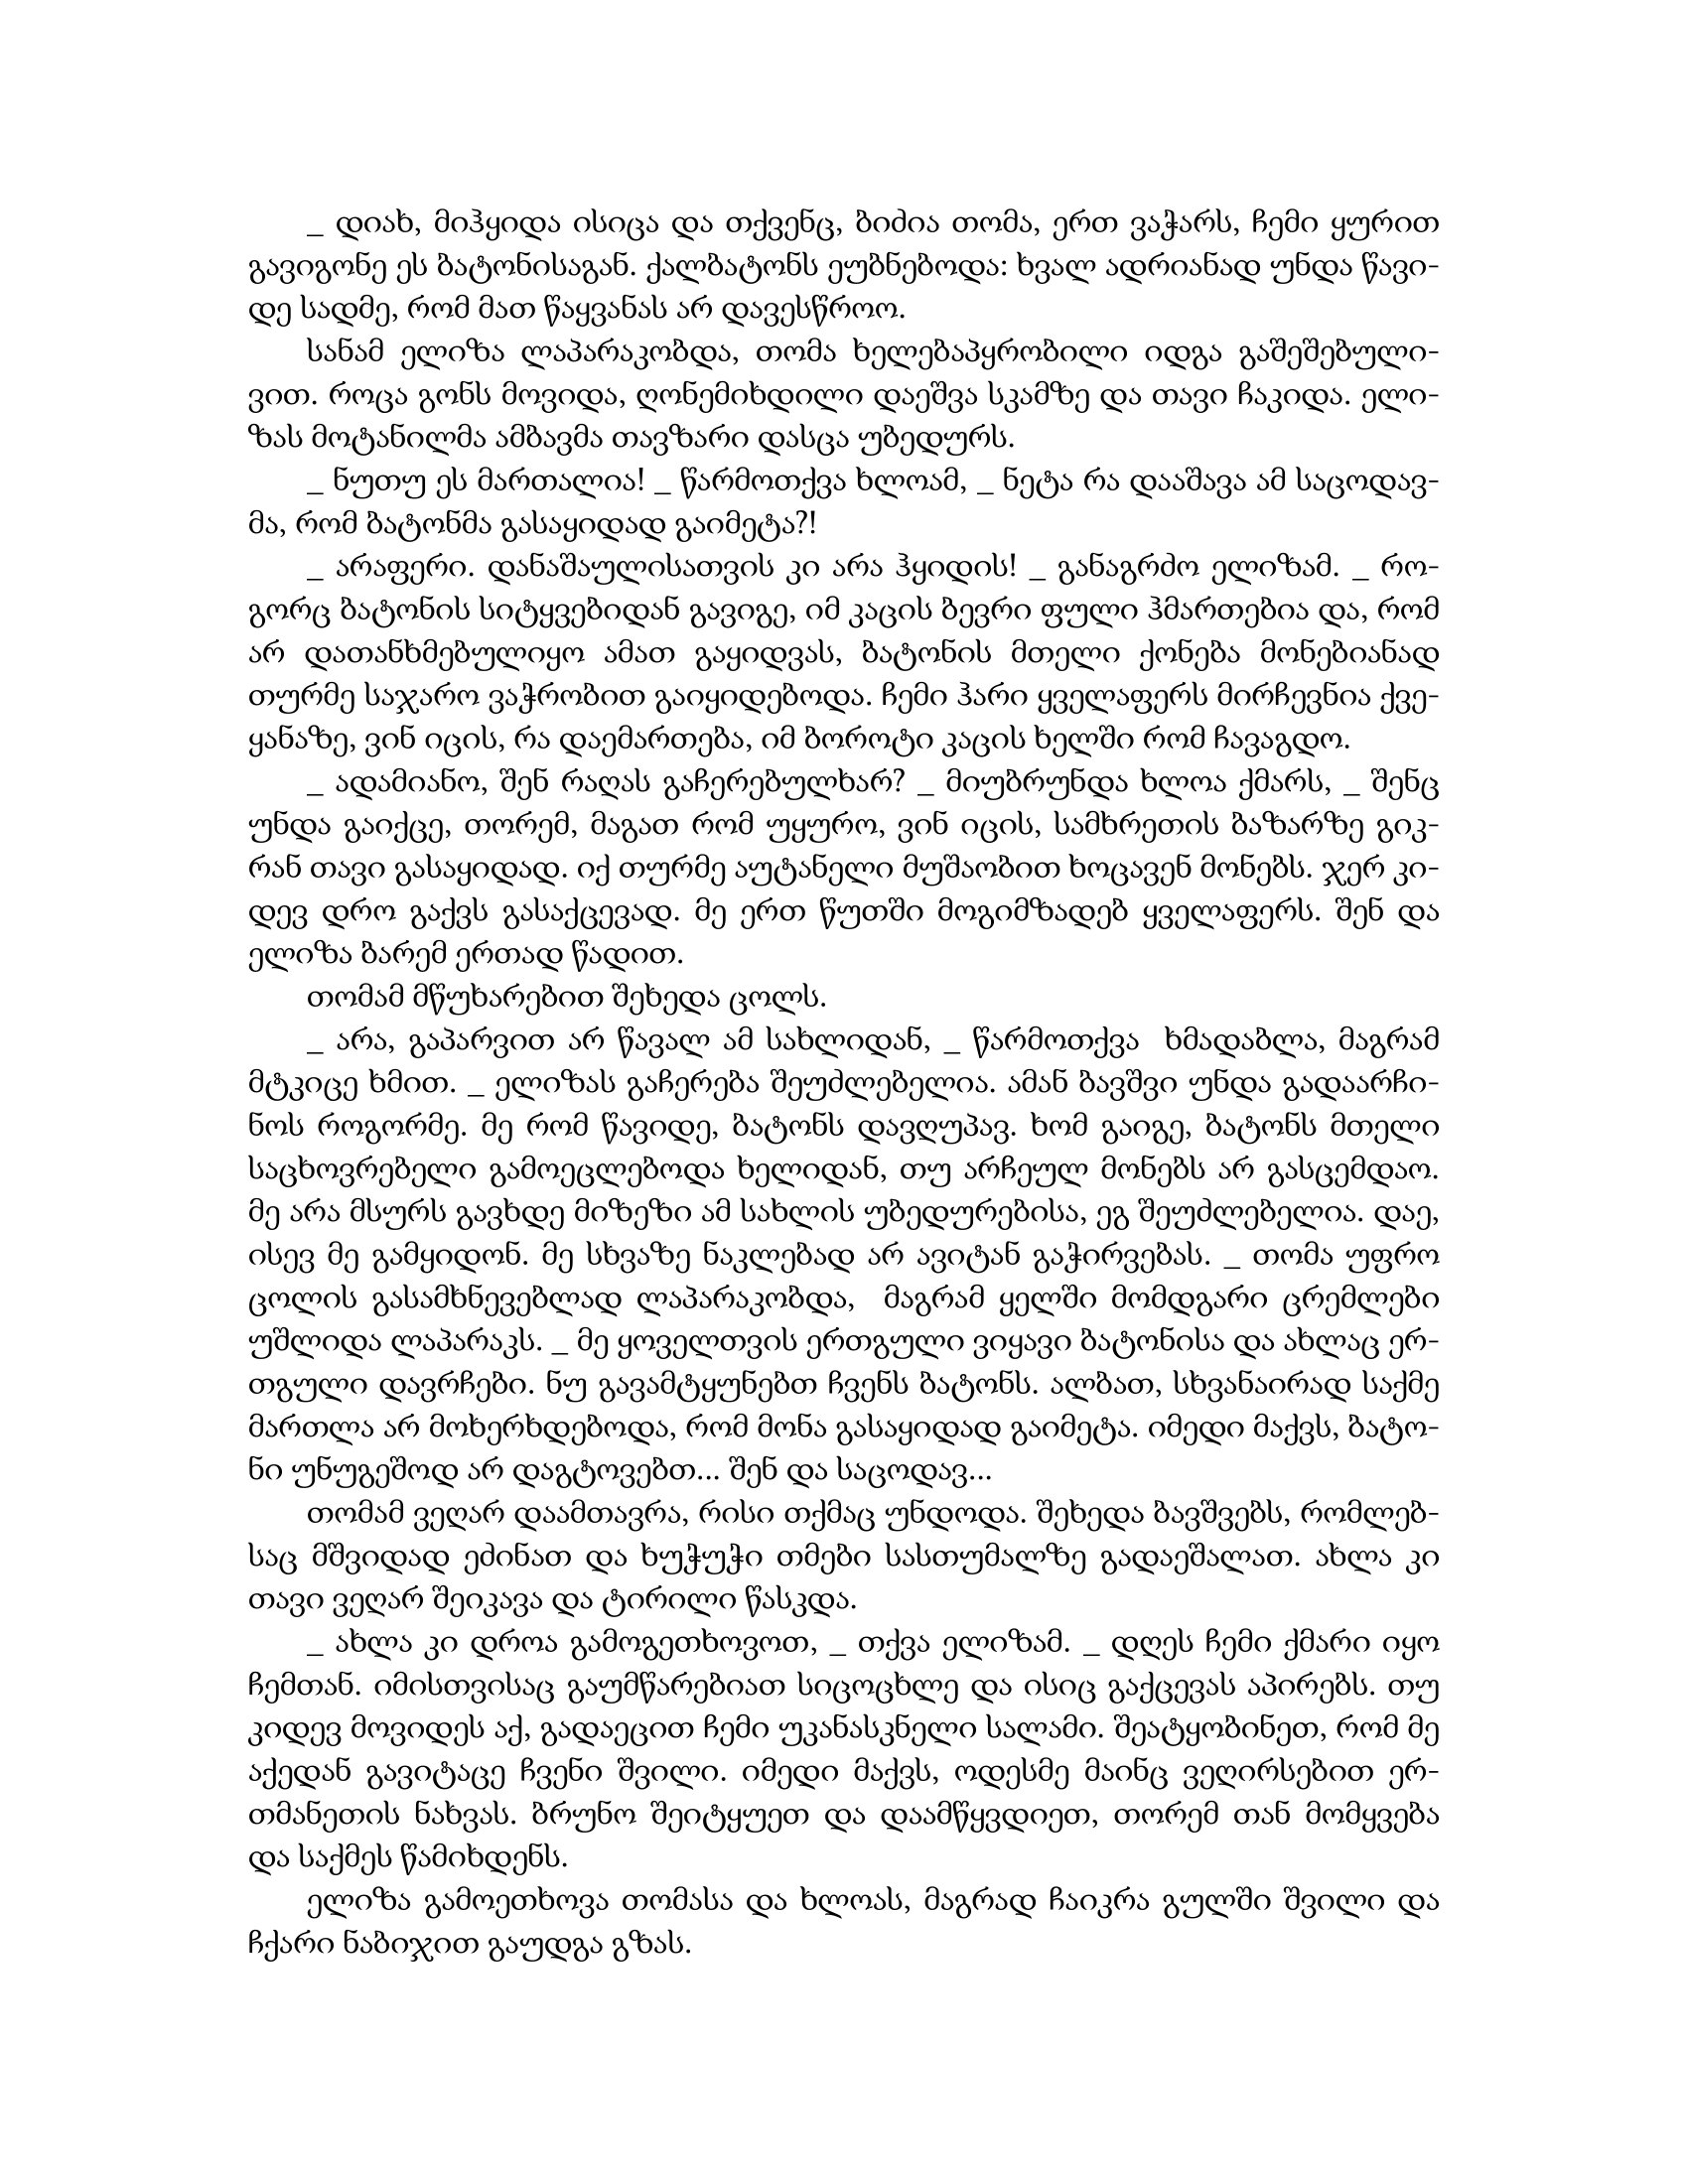
Language: gr